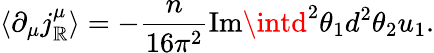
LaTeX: \langle\partial_{\mu}j_{\mathbb{R}}^{\mu}\rangle=-\frac{{n}}{{16\pi^{2}}}\mathrm{{Im}}\intd^{2}\theta_{1}d^{2}\theta_{2}u_{1}.